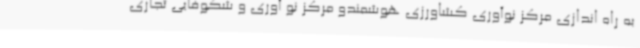
به راه اندازی مرکز نوآوری کشاورزی هوشمندو مرکز نو آوری و شکوفایی تجاری